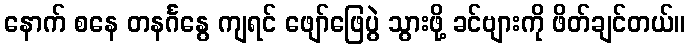
နောက် စနေ တနင်္ဂနွေ ကျရင် ဖျော်ဖြေပွဲ သွားဖို့ ခင်ဗျားကို ဖိတ်ချင်တယ်။